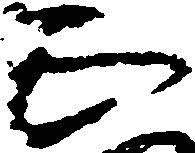
正